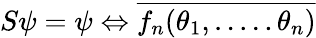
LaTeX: S\psi=\psi\Leftrightarrow\overline{{{f_{n}(\theta_{1},.....\theta_{n})}}}